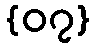
{၀၇}